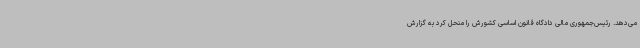
می‌دهد. رئیس‌جمهوری مالی دادگاه قانون اساسی کشورش را منحل کرد به گزارش